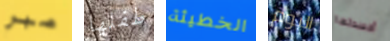
صبر طفلها الخطيئة اليوم أفسدتها